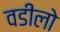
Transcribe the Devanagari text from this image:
वडीलो